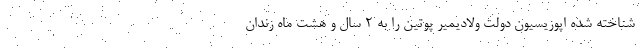
شناخته شده اپوزیسیون دولت ولادیمیر پوتین را به ۲ سال و هشت ماه زندان